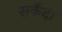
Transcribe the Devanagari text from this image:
सर्केदी